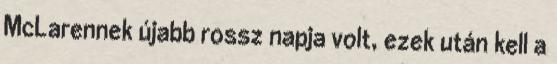
McLarennek újabb rossz napja volt, ezek után kell a